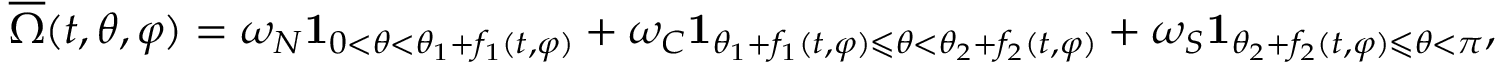
\overline { { \Omega } } ( t , \theta , \varphi ) = \omega _ { N } \mathbf { 1 } _ { 0 < \theta < \theta _ { 1 } + f _ { 1 } ( t , \varphi ) } + \omega _ { C } \mathbf { 1 } _ { \theta _ { 1 } + f _ { 1 } ( t , \varphi ) \leqslant \theta < \theta _ { 2 } + f _ { 2 } ( t , \varphi ) } + \omega _ { S } \mathbf { 1 } _ { \theta _ { 2 } + f _ { 2 } ( t , \varphi ) \leqslant \theta < \pi } ,